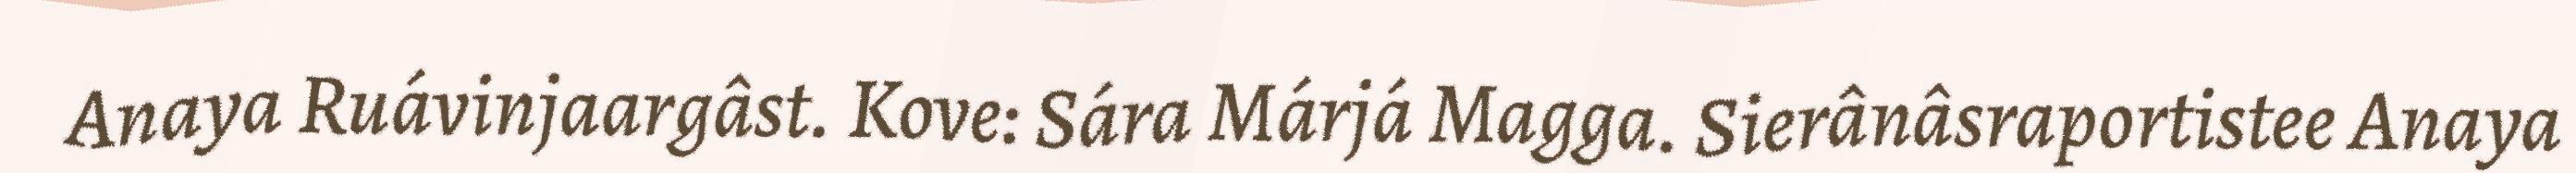
Anaya Ruávinjaargâst. Kove: Sára Márjá Magga. Sierânâsraportistee Anaya